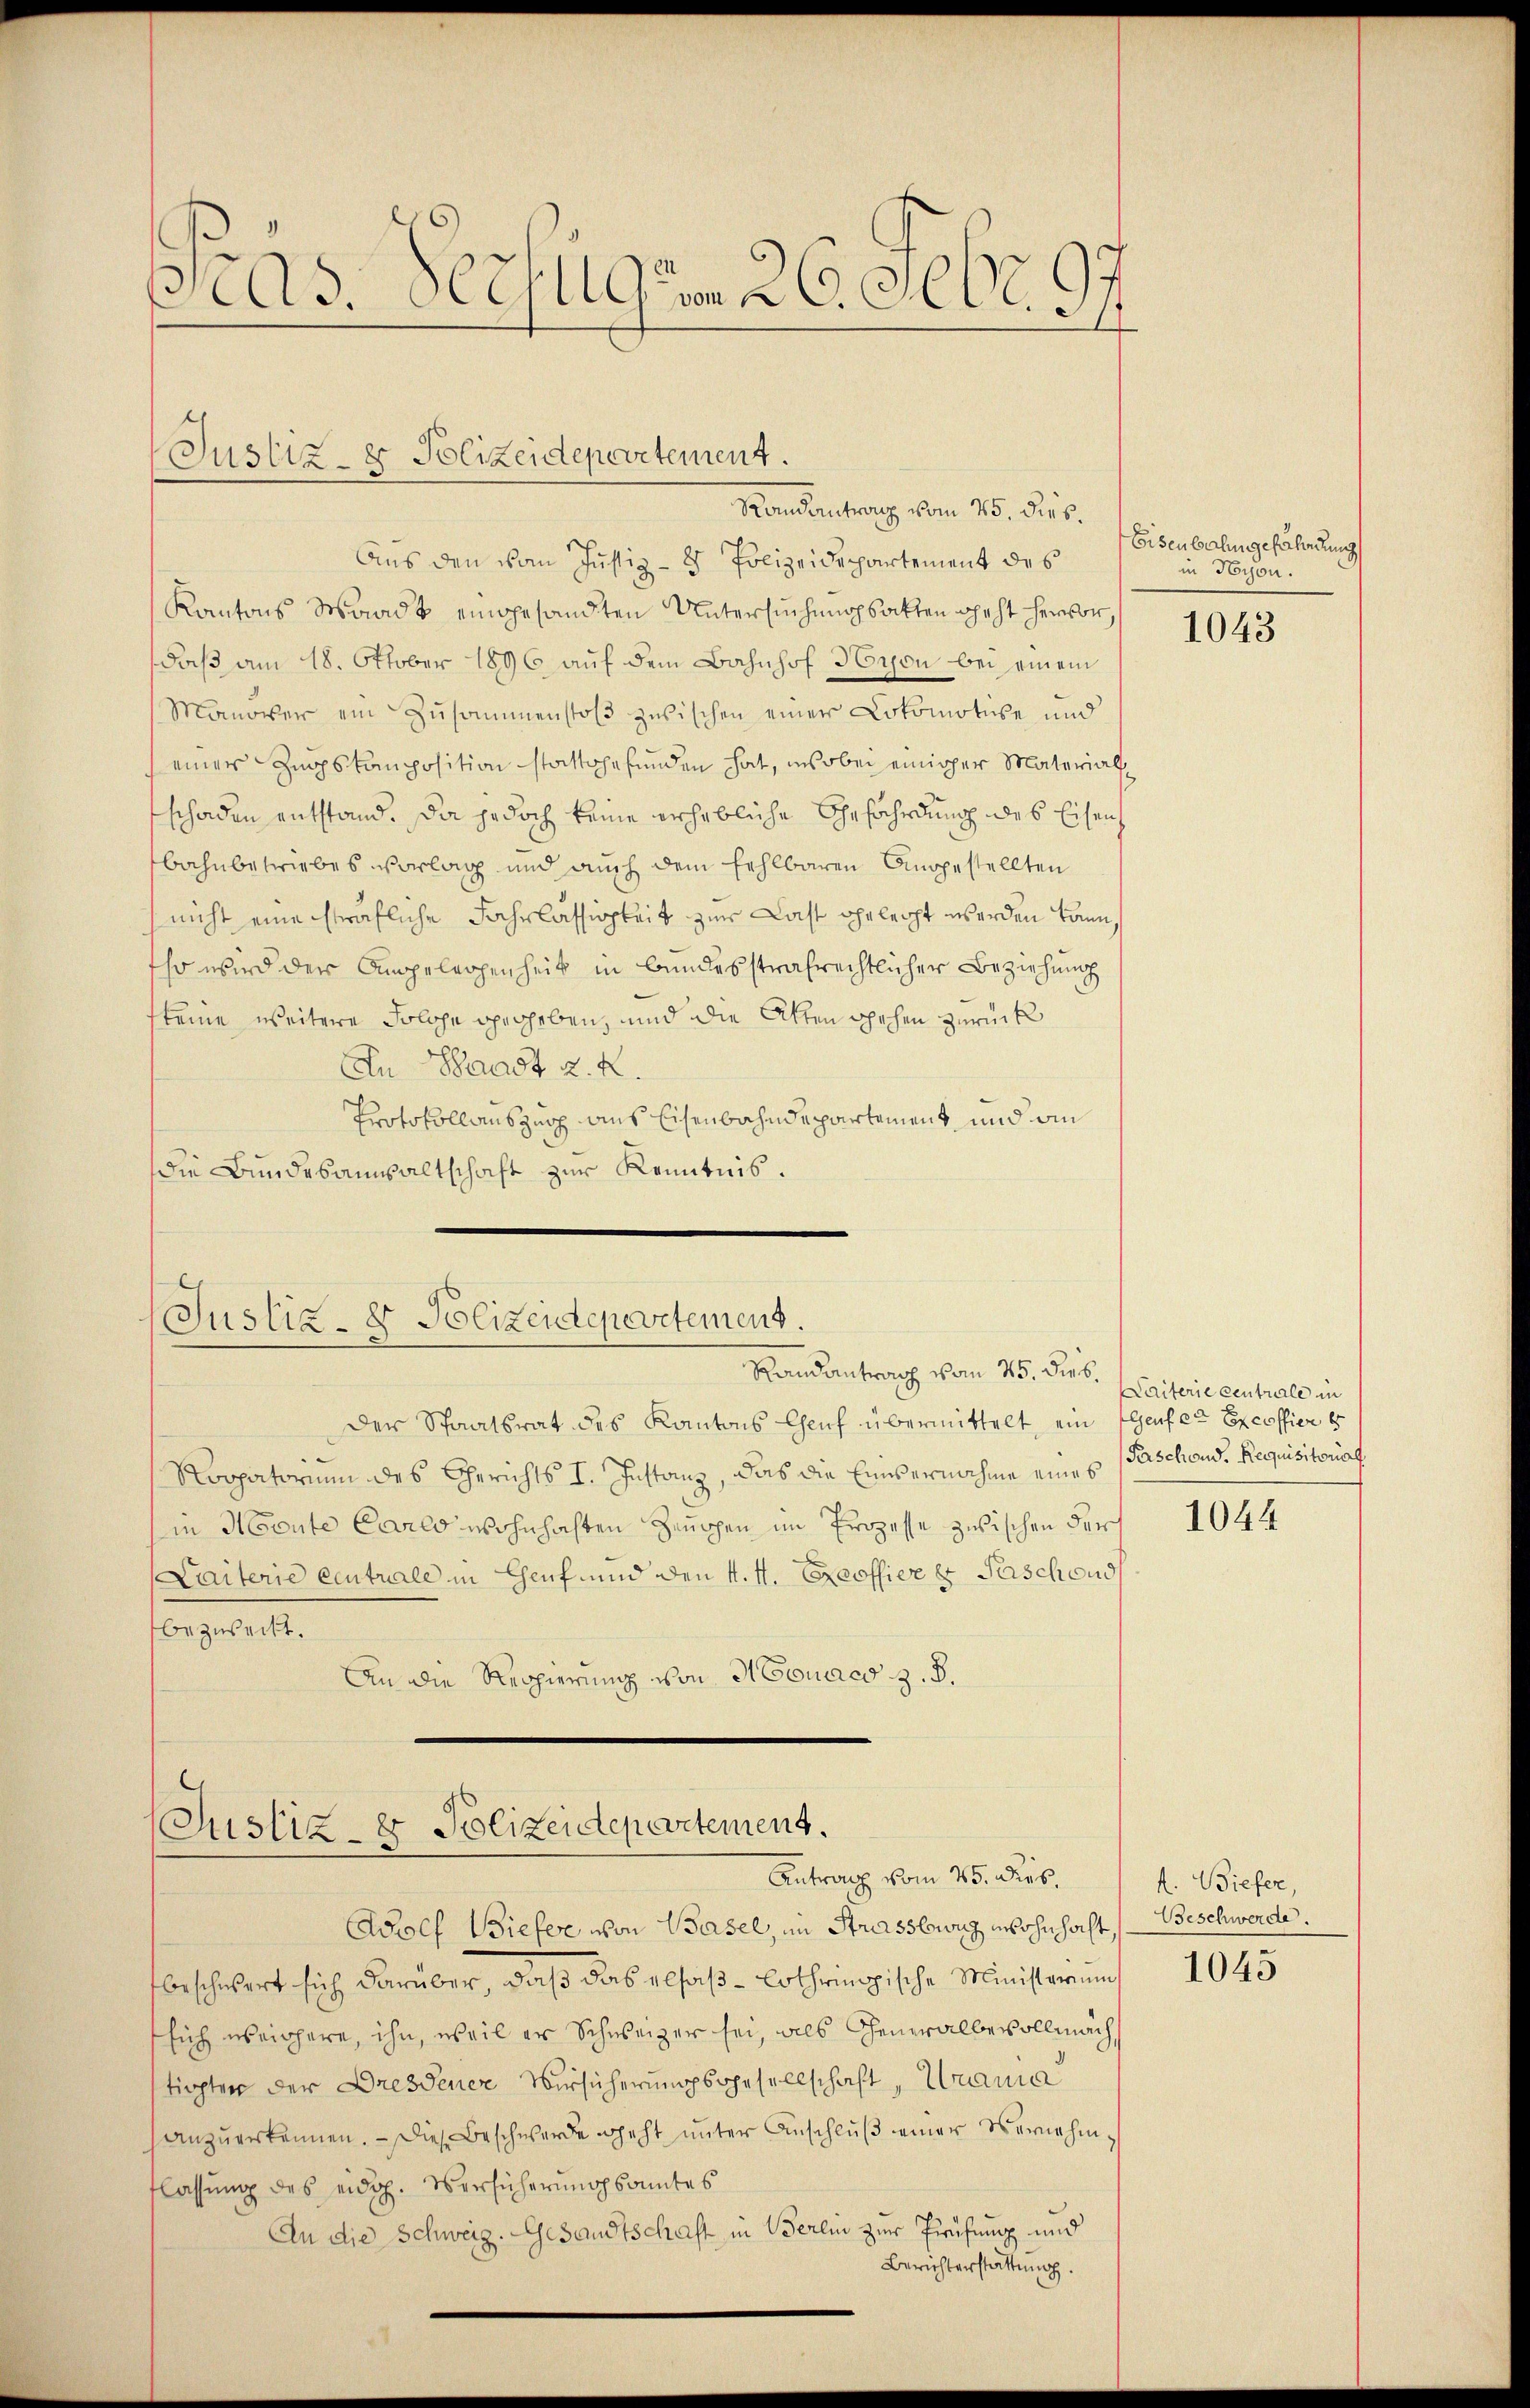
Pras. Verfügen 26. Febr. 97

Justiz- & Polizeidepartement.

Aus den vom Justiz- & Polizeidepartement des
Kantons Waadt eingesandten Untersuchungsakten geht hervor,
daß am 18. Oktober 1896 auf dem Bahnhof Wyon bei einem
Manover ein Zusammenstoß zwischen einer Lokomotive und
einer Zugskomposition stattgefunden hat, wobei einiger Material
schaden entstand. Da jedoch keine erhebliche Gefährdung des Eisen
bahnbetriebes vorlag und auch dem fehlbaren Angestellten
nicht eine sträfliche Fahrlässigkeit zur Last geleicht werden kann,
Eso wird der Angelegenheit in bundesstrafrechtlicher Beziehung
steine weitere Solche gegeben, und die Akten schehen zurück
An Waadt z. R.
Protokollauszug aus Eisenbahndepartement und ain
die Bundesaussaltschaft zur Kenntnis.

Randeantrang vom 15. dies

Justiz- & Polizeidepartement.
Randantrag vom 25. Der v. Paterie centrale in

Der Staatsrat des Kantons Chruf übermittelt, ein Genf er Excessier b
Roopatorium des Gerichts I. Instanz, das die Einvernahme eines Paschond. Requisitoriat
in Monte Carlo wohnhaften Zeuchen im Prozesse zwischen der
Laiterie Centrale in Genf und den 4. M. Exceoffier u Faschend
bezweckt.
An die Reppierung von Houaco z. B.

(Justiz- & Polizeidepartement.
Antrag vom 25. dies

Adolf Biefer von Basel, im Strassburg wohnhacht,
beschwert sich darüber, daß das elfaß-Lothringische Ministerium
sich weichere, ihn, weil er Schweizer sei, als Generalbevollmachtigten der Dresdener Versicherungsgesellschaft, Urania
anzuerkennen. — Die Beschwerde geht unter Anschluß einer Vernahmflassung des eidg. Versicherungsamtes
An die Schweiz. Gesandtschaft in Berlin zur Prüfung und
Berichterstattung.

Eisenbahn gefährdung
in Hison.

1043

1044

1. Biefer,
Beschwerde.

1045